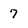
Character: 7